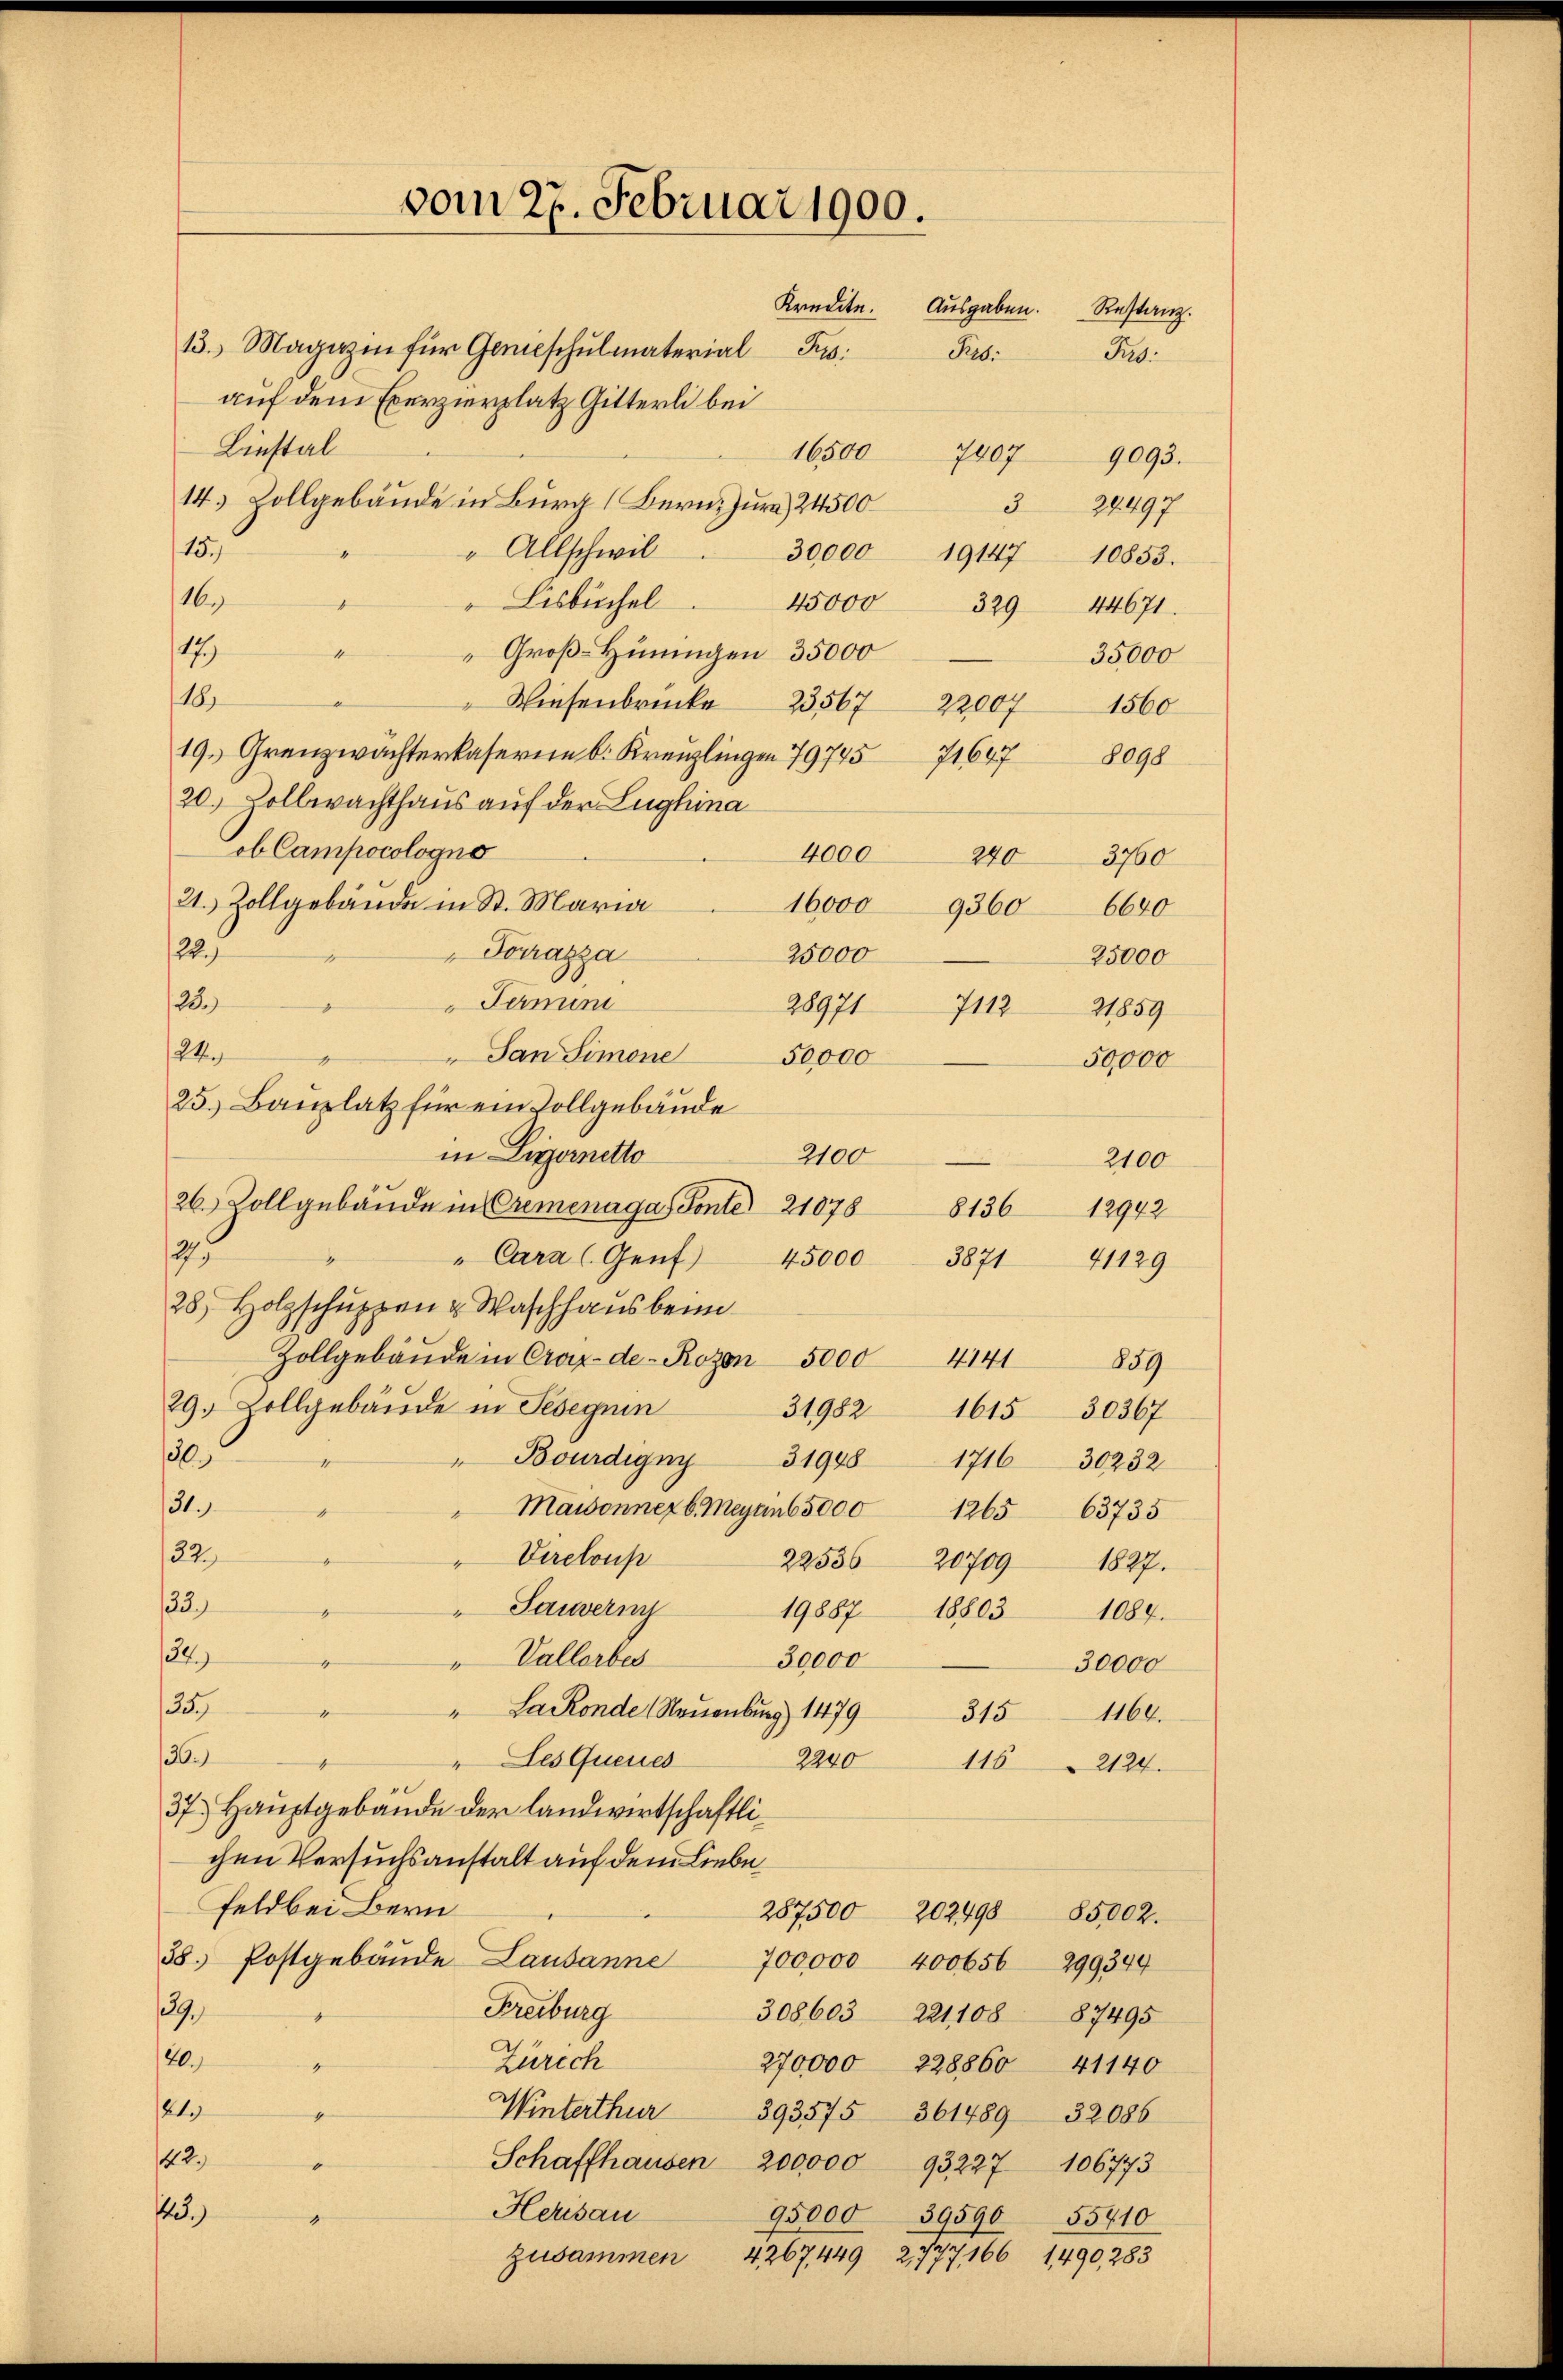
Liestal
15.
e
30,000 19147 10853.
116.
Lisbuchel
45000 329 44671.
17)
Groß-Hüningen 35000
4
35,000
118.
Wiesenbrücke 23567 22007 1560
19. Grenzwachterkaserie b. Kreuzlingen 7974571647
20.) Vollwachthaus auf der Lughina
ob Campocologno
4000
21. Zollgebäude in St. Maria
16,000 9360
2
" Fourazza
25000
Termin
128.
28971
24.
" San Simone 50000
25.) Bauplatz für ein Vollgebäude
in Livornetto
2100
26. Vollgebäude in Cremenaga Fonte 21078
2
" Cara (Genf 45000 3871
28) Holzschŭppen u. Waschhausbeun
Zollgebäŭde in Crax-de- Rozon 5000 4141859
29. Zollgebäude in Seseguin
31982
30.
Bourdigung 31948
31.
Maisonner 6. Mayan6 5000 1265 63735
32.)
" Vereloup
22556 20709
33.)
Sauverny
19887. 18803
34.)
"Vallorbes
30,000
4
135.
"La Ronde Neuenburg 1479
“
36.)
" Les Queres
2240
1162124.
37.) Hauptgebäude der landwirtschaftlichen Versuchsanstalt auf dem Liebe
Feldbei Bern
287500
202890
85002.
38. Postgebäude Lausanne
700,000 400656 299344
19
Freiburg
308603 221,108 87495
.
20.)
Zürich
270,000
228860
41140
2.
Winterthur 393575 361489 32086
42.)
Schaffhausen 200,000 93227 106773
25.)
Herisau
95000 39590 55710

vom 27. Februar 1900.
Kredite. Ausgaben. Restanz.
13. Magazin für Genieschulmaterial Pus
Feb.
Rg.
auf dem Exerzierplatz Gitterli bei
16500
7207
9093.
14. Vollgebäude in Burg (Bern. Jura, 24500
324497
" Allschwil

zusammen 4267, 449 2,777, 166 1490, 283

8098
240
3760
6640
25,000
711221859
50,000
2100
12942
8136
21129
1615
30367
1716 30232
1827.
1084.
30,000
315
1160.